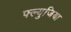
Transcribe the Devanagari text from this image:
फ्ल्युजिया